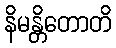
နိမန္တိတောတိ